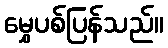
မွှေပစ်ပြန်သည်။